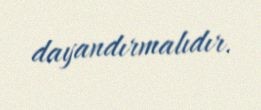
dayandırmalıdır.